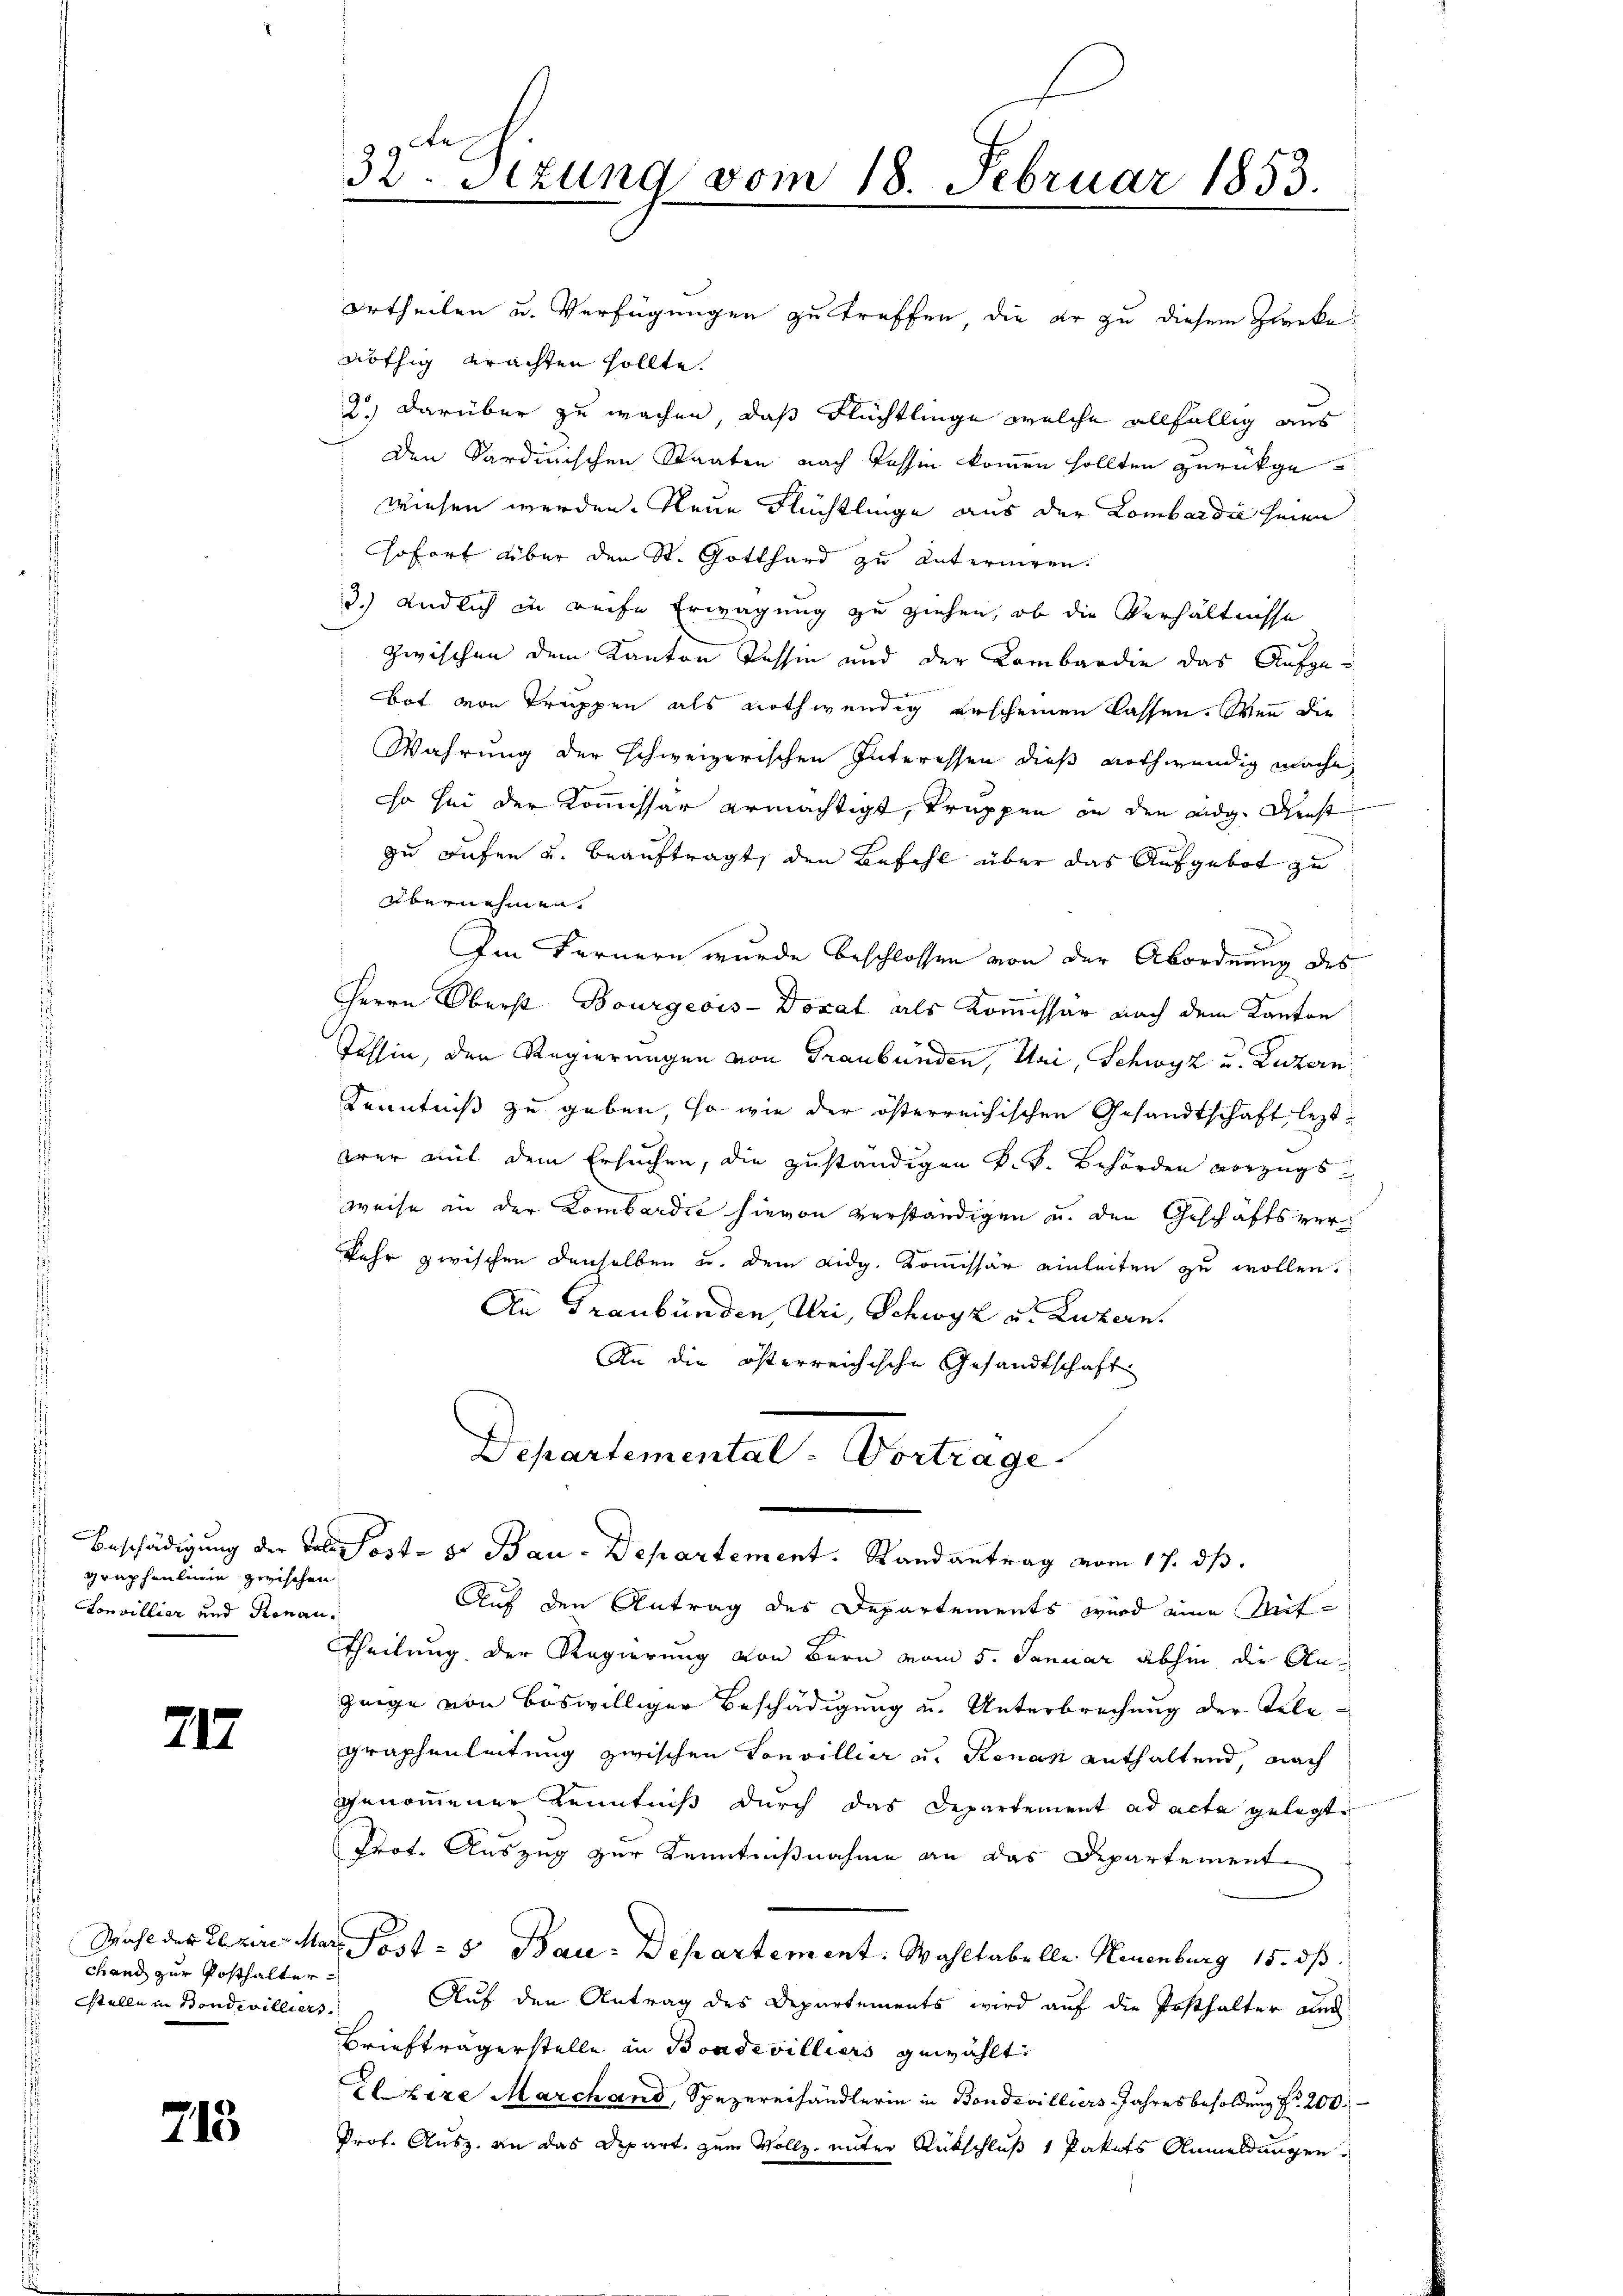
graphenlinie zwischen
Convillier und Ronau.

217.

chand zur Posthalter¬
 stelle in Bondevilliers.

713

urtheilen u. Verfügungen zu treffen, die er zu diesem Zweke
nöthig erachten sollte.
2.) Darüber zu wachen, daß Flüchtlinge welche allfällig aus
den Sardinischen Staaten nach Tessin kommen sollten zurückgewiesen werden. Neue Flüchtlinge aus der Lombardić seien
Gofort über den St. Gotthard zu unteringen.
3.) endlich in reife Erwägung zu ziehen, ob die Verhältnisse
zwischen dem Kanton Tessin und der Kombardie das Aufgebot von Truppen als nothwendig erscheinen lassen. Wenn die
Wahrung der schweizerischen Interessen dieß nothwendig mache,
so sei der Kommissär ermächtigt, truppen an den eidg. Dienst
zu Aufen u. beauftragt, den Befehl über das Aufgebot zu
übernehmen.
Im Fernern wurde beschlossen von der Abordnung des
Herrn Oberst Bourgeois-Dorat als Kommissar nach dem Kanton
Tessin, den Regierungen von Graubünden, Uri, Schwyz u. Luzern
Kenntniß zu geben, so wie der österreichischen Gesandtschaft leztwer mit dem Ersuchen, die zuständigen k.k. Behörden vorzugs
weise in der Lombardić hievon verständigen u. den Geschäftsverkehr zwischen denselben u. dem eidg. Kommissär einleiten zu wollen.
An Graubünden, Uri, Schwyz u. Luzern.
An die österreichische Gesandtschaft
Departementat. Vortrage

32. Stund vom 18. Februar 1853.

Beschädigung der vole ost- u. Bau-Departement. Randantrag vom 17. ds.

Auf den Antrag des Departements wird eine Mit¬
Theilung der Regierung von Bern vom 5. Januar abhin, die Anzenge von böswilliger Beschädigung u. Unterbrechung der Telegraphenleitung zwischen Convillier u. Renan enthaltend, nach
genommener Kenntniß durch das Departement ad acta gelegte
Prof. Auszug zur Kenntnißnahme an das Departement
Wahl der Elzere Mar. Post- u Bau-Departement. Wahltabelle Neuenburg 15. ds.
Auf den Antrag des Departements wird auf die Posthalter und
Briefträgerstelle in Baadevilliers gewählt.
Ehere Marchand, Spezereihändlerin in Bondevilliers Jahresbesoldung Nr. 200.
Prof. Ausz. an das Depart, zum Vollz. unter Rückschluß 1 Pakets Anmeldungen